Indian journal of veterinary science and animal husbandry - Volumes 24-25, 1954-1955
Year: 1954
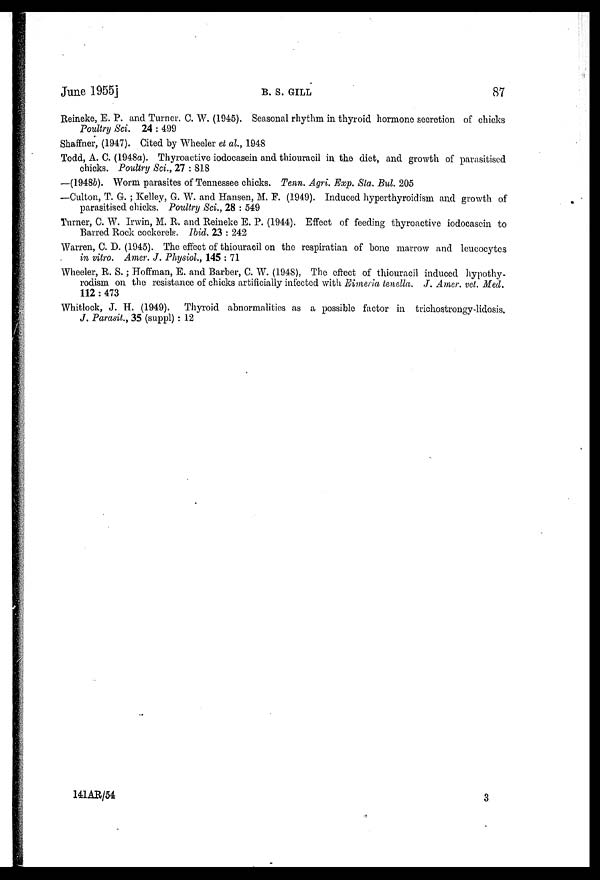
June 1955]
B.
S.
GILL
87
Reineke, E. P. and Turner. C. W. (1945). Seasonal rhythm in thyroid hormone secretion of chicks
Poultry Sci. 24 : 499
Shaffner, (1947). Cited by Wheeler et al., 1948
Todd, A. C. (1948a). Thyroactive iodocasein and thiouracil in the diet, and growth of parasitised
chicks. Poultry Sci., 27 : 818
—(1948b). Worm parasites of Tennessee chicks. Tenn. Agri. Exp. Sta. Bul. 205
—Culton, T. G. ; Kelley, G. W. and Hansen, M. F. (1949). Induced hyperthyroidism and growth of
parasitised chicks. Poultry Sci., 28 : 549
Turner, C. W. Irwin, M. R. and Reineke E. P. (1944). Effect of feeding thyroactive iodocasein to
Barred Rock cockerels. Ibid. 23 : 242
Warren, C. D. (1945). The effect of thiouracil on the respiratian of bone marrow and leucocytes
in vitro. Amer. J. Physiol., 145 : 71
Wheeler, R. S. ; Hoffman, E. and Barber, C. W. (1948), The effect of thiouracil induced hypothy-
rodism on the resistance of chicks artificially infected with Eimeria tenella. J. Amer. vet. Med.
112 : 473
Whitlock, J. H. (1949). Thyroid abnormalities as a possible factor in trichostrongy-lidosis.
J. Parasit., 35 (suppl) : 12
141 AR/54
3